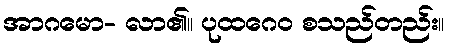
အာဂမော- လာ၏။ ပုထဂေဝ စသည်တည်း။